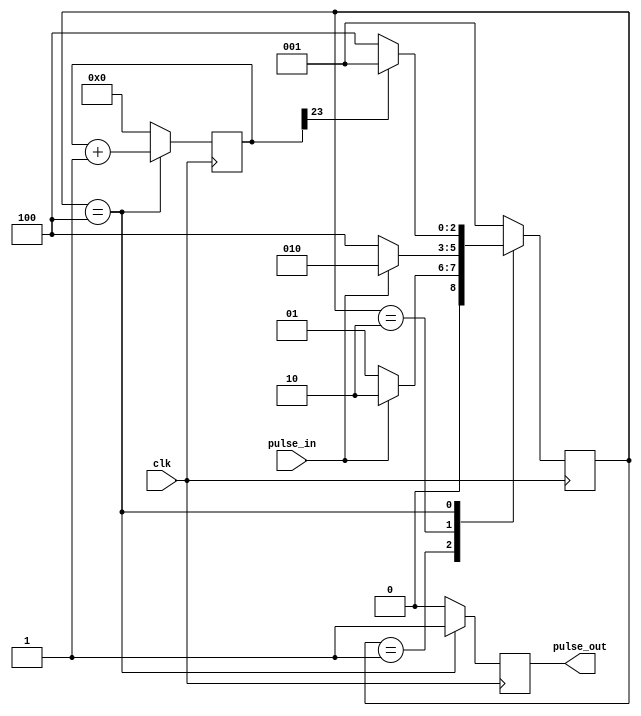
`timescale 1ns / 1ps
//////////////////////////////////////////////////////////////////////////////////
// Module Name:    SwitchEmu 
// Designer: Fan.Zhang (zhangfan@mail.hbut.edu.cn)
// Function: Emulate the output of a switch, provide a pulse with a high duty of 24-bit @ clk
//////////////////////////////////////////////////////////////////////////////////
module SwitchEmu(
	input 	clk,
	input		pulse_in,
	output	pulse_out
    );

reg pulse_out_i = 1'b0;
reg [23:0] cnt_i = 24'h0;
assign pulse_out = pulse_out_i;
parameter Idle_st = 3'b001;
parameter Start_st = 3'b010;
parameter SwitchOn_st = 3'b100;
reg [2:0] st = Idle_st;
	 
always @(posedge clk)
case(st)
Idle_st : begin
cnt_i <= 24'h0;
pulse_out_i <= 1'b0;
if(pulse_in)
st <= Start_st;
else
st <= Idle_st;
end

Start_st : begin
cnt_i <= 24'h0;
pulse_out_i <= 1'b0;
if(pulse_in)
st <= Start_st;
else
st <= SwitchOn_st;
end

SwitchOn_st : begin
cnt_i <= cnt_i + 24'h1;
pulse_out_i <= 1'b1;
if(cnt_i[23])
//if(cnt_i[8])  //For simulation
st <= Idle_st;
else
st <= SwitchOn_st;
end

default : begin
cnt_i <= 24'h0;
pulse_out_i <= 1'b0;
st <= Idle_st;
end
endcase

endmodule